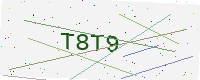
Text: T8T9